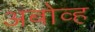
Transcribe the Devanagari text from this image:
अबोव्ह